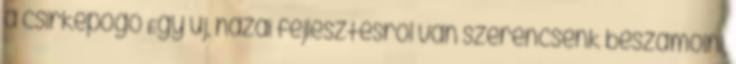
a csirkepogó Egy új, hazai fejlesztésről van szerencsénk beszámolni,